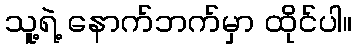
သူ့ရဲ့ နောက်ဘက်မှာ ထိုင်ပါ။